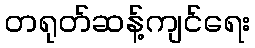
တရုတ်ဆန့်ကျင်ရေး